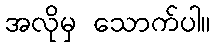
အလိုမှ သောက်ပါ။